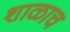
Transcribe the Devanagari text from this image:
शाळाच